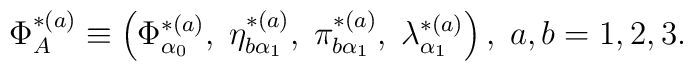
\Phi _{A}^{*(a)}\equiv \left( \Phi _{\alpha _{0}}^{*(a)},\;\eta _{b\alpha_{1}}^{*(a)},\;\pi _{b\alpha _{1}}^{*(a)},\;\lambda _{\alpha_{1}}^{*(a)}\right) ,\;a,b=1,2,3.